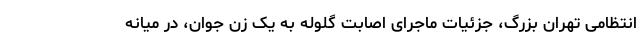
انتظامی تهران بزرگ، جزئیات ماجرای اصابت گلوله به یک زن جوان، در میانه